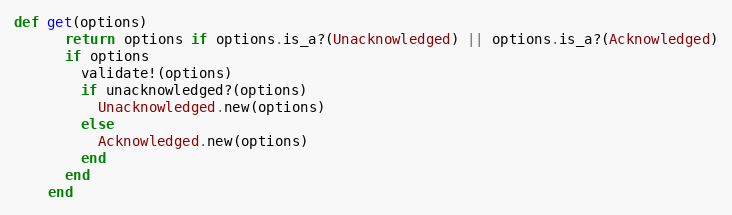
Language: Ruby
def get(options)
      return options if options.is_a?(Unacknowledged) || options.is_a?(Acknowledged)
      if options
        validate!(options)
        if unacknowledged?(options)
          Unacknowledged.new(options)
        else
          Acknowledged.new(options)
        end
      end
    end